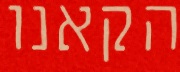
הקאנו